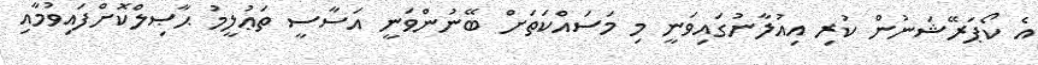
އެ ކޯޕަރޭޝަނުން ކުރި އިއުލާނުގައިވަނީ މި މަސައްކަތަށް ބޭނުންވަނީ އަސާސީ ތަޢުލީމު ޙާޞިލްކޮށްފައިވުމާއި